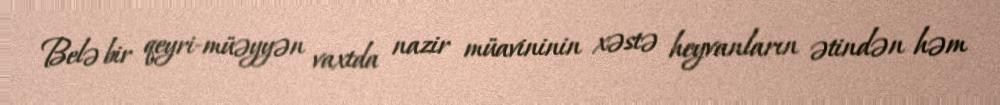
Belə bir qeyri-müəyyən vaxtda nazir müavininin xəstə heyvanların ətindən həm